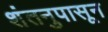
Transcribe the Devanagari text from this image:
शंतनुपासून